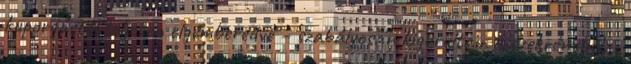
kuporgástól teljesen elgémberedve – szabályosan kigurultam a szekrényből. -